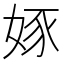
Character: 𡝍